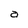
Character: a